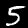
Digit: 5